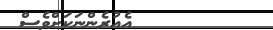
އެއުރެންނަކަށްވެސް